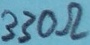
Text: 330Ω